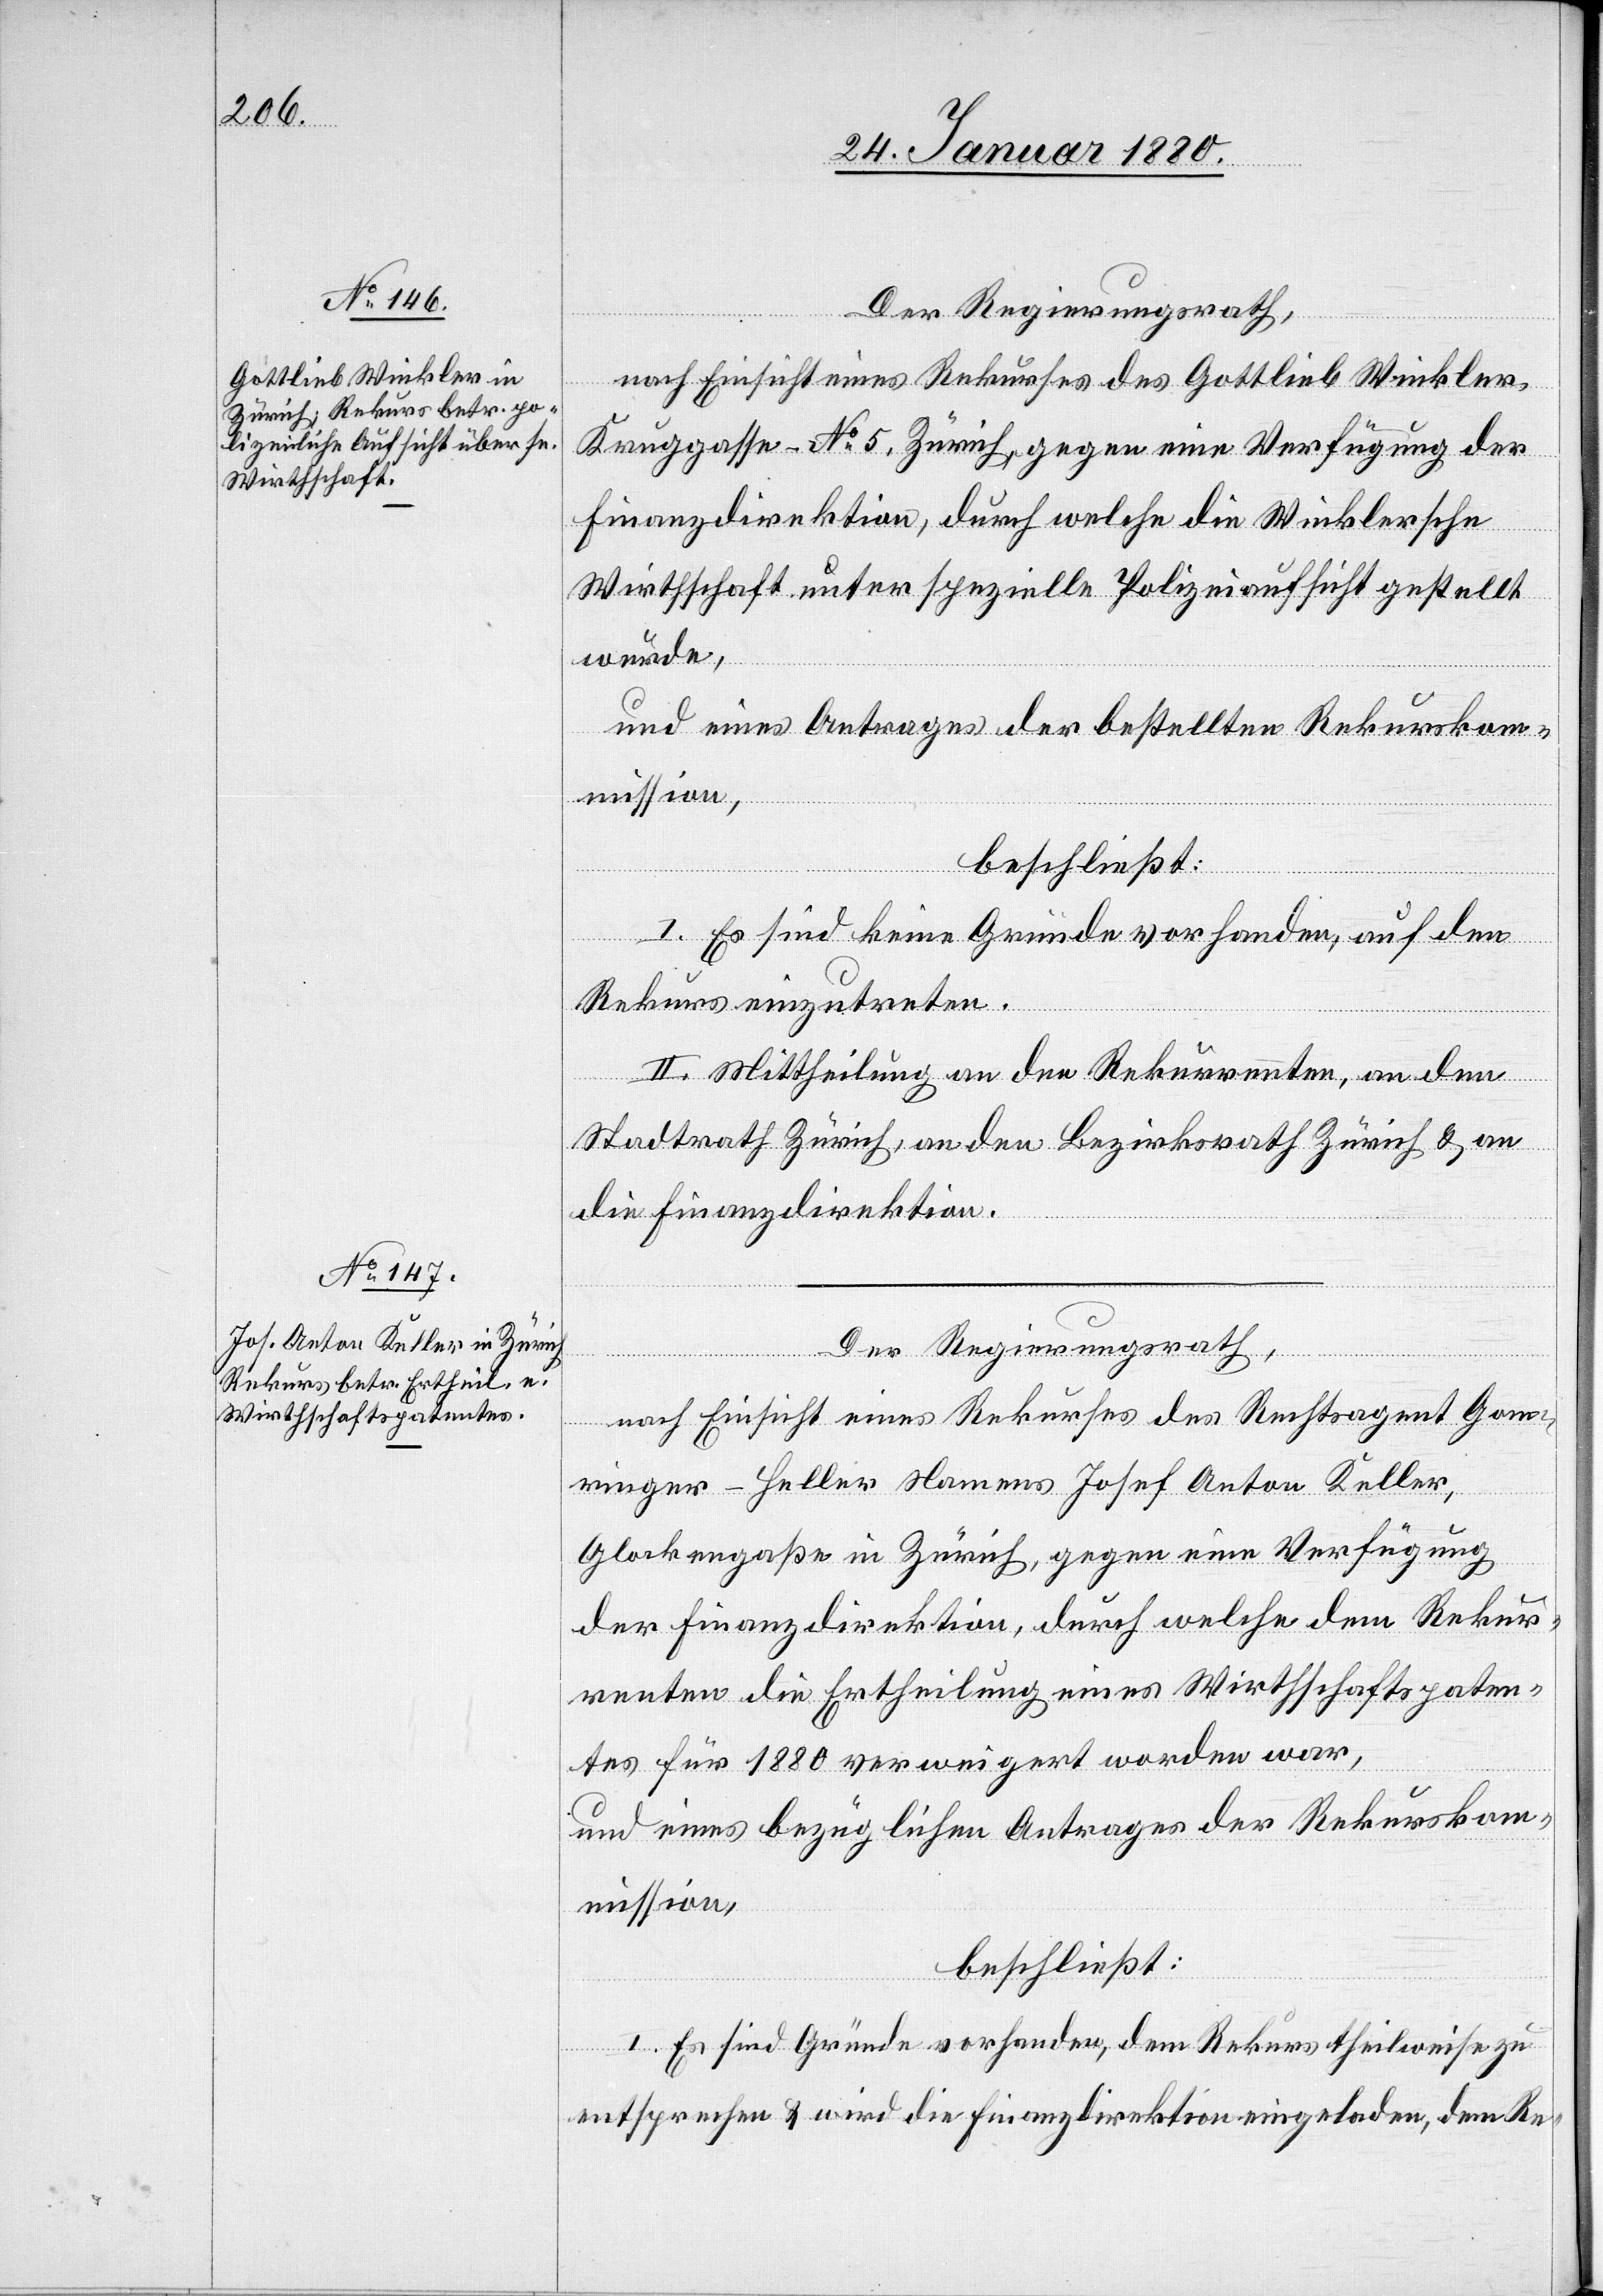
Der Regierungsrath,
nach Einsicht eines Rekurses des Gottlieb Winkler,
Kreuzgasse No 5, Zürich, gegen eine Verfügung der
Finanzdirektion, durch welche die Winklersche
Wirthschaft unter spezielle Polizeiaufsicht gestellt
wurde,
und eines Antrages der bestellten Rekurskom¬
mission,
beschließt:
I. Es sind keine Gründe vorhanden, auf den
Rekurs einzutreten.
II. Mittheilung an den Rekurrenten, an den
Stadtrath Zürich, an den Bezirksrath Zürich & an
die Finanzdirektion.
Der Regierungsrath,
nach Einsicht eines Rekurses des Rechtsagent Ganne¬
ringer-Heller Namens Josef Anton Keller,
Glockengaße in Zürich, gegen eine Verfügung
der Finanzdirektion, durch welche dem Rekur¬
renten die Ertheilung eines Wirthschaftspaten¬
tes für 1880 verweigert worden war,
und eines bezüglichen Antrages der Rekurskom¬
mission,
beschließt:
I. Es sind Gründe vorhanden, dem Rekurs theilweise zu
entsprechen & wird die Finanzdirektion eingeladen, dem Re-